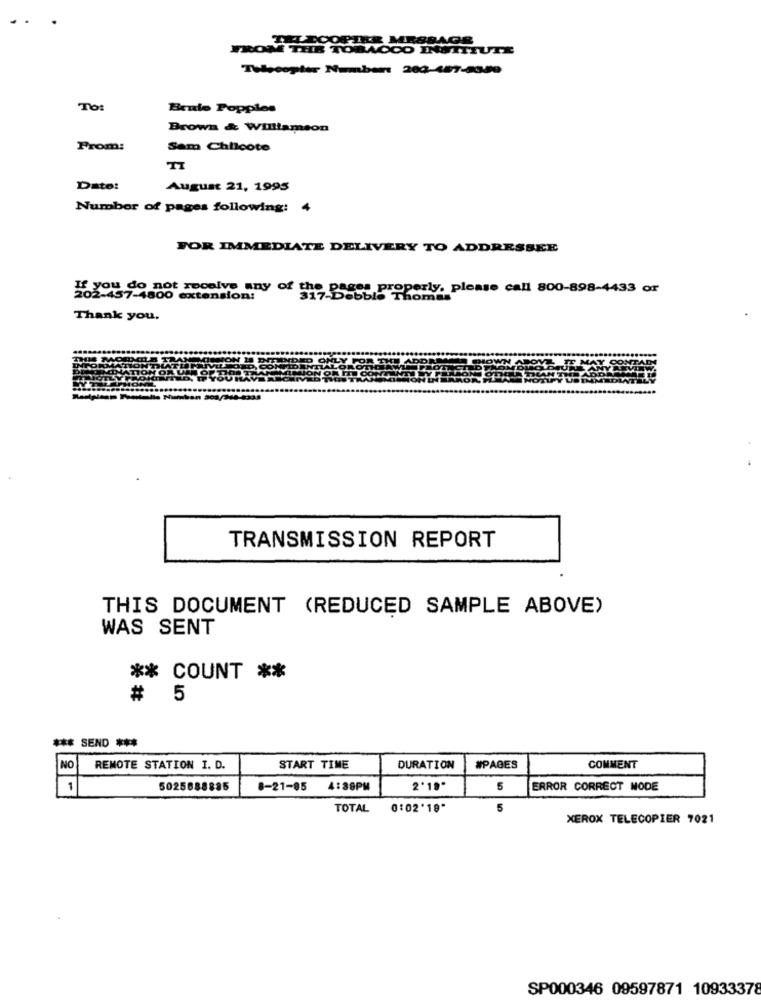
HA DOOPIER MESSAGE
FROM THE TOBACCO INSTITUTE
Thlecopier Number: 200-487-2350
To:
Bente Popples
Brown & Williamson
From:
Sam Chilcote
TI
Dato:
August 21, 1995
Number of pages following:
4
FOR IMMEDIATE DELIVERY TO ADDRESSEE
If you do not receive any of the pages properly. please call 800-898-4433 or
202-457-4800 extension:
317-Debbie Thomas
Thank you.
TRANSMISSION REPORT
THIS DOCUMENT (REDUCED SAMPLE ABOVE)
WAS SENT
** COUNT **
# !
*** SEND ***
NO
REMOTE STATION I. D.
START TIME
DURATION
#PAGES
COMMENT
1
5025888885
8-21-85
4:38PM
2'19"
ERROR CORRECT MODE
TOTAL
5
XEROX TELECOPIER 7021
SP000346 09597871 10933378